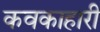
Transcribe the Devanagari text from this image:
कवकाहारी